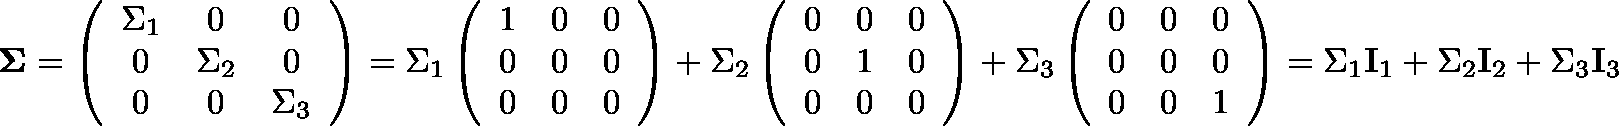
\begin{array} { r } { \mathbf { \Sigma } = \left( \begin{array} { c c c } { \Sigma _ { 1 } } & { 0 } & { 0 } \\ { 0 } & { \Sigma _ { 2 } } & { 0 } \\ { 0 } & { 0 } & { \Sigma _ { 3 } } \end{array} \right) = \Sigma _ { 1 } \left( \begin{array} { c c c } { 1 } & { 0 } & { 0 } \\ { 0 } & { 0 } & { 0 } \\ { 0 } & { 0 } & { 0 } \end{array} \right) + \Sigma _ { 2 } \left( \begin{array} { c c c } { 0 } & { 0 } & { 0 } \\ { 0 } & { 1 } & { 0 } \\ { 0 } & { 0 } & { 0 } \end{array} \right) + \Sigma _ { 3 } \left( \begin{array} { c c c } { 0 } & { 0 } & { 0 } \\ { 0 } & { 0 } & { 0 } \\ { 0 } & { 0 } & { 1 } \end{array} \right) = \Sigma _ { 1 } \mathbf { I } _ { 1 } + \Sigma _ { 2 } \mathbf { I } _ { 2 } + \Sigma _ { 3 } \mathbf { I } _ { 3 } } \end{array}